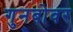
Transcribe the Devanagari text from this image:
गुनबोवर